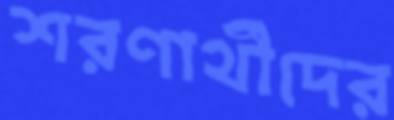
শরণার্থীদের